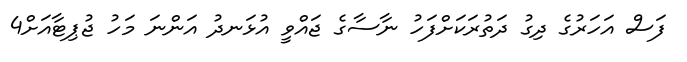
ފަސް އަހަރުގެ ދިގު ދަތުރަކަށްފަހު ނާސާގެ ޖައްވީ އުޅަނދު އަންނަ މަހު ޖުޕިޓާއަށް4